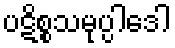
ပဋိစ္စသမုပ္ပါဒေါ